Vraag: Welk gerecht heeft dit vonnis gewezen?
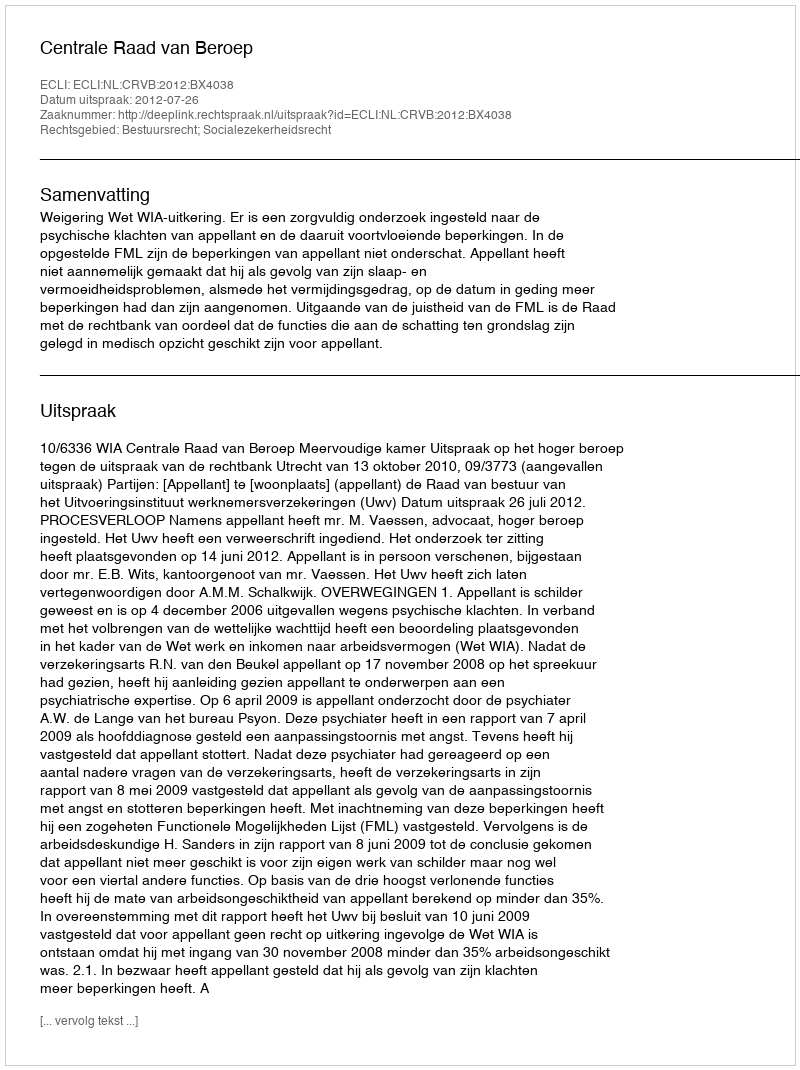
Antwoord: Centrale Raad van Beroep